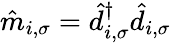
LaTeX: \hat{m}_{i,\sigma}=\hat{d}_{i,\sigma}^{\dagger}\hat{d}_{i,\sigma}